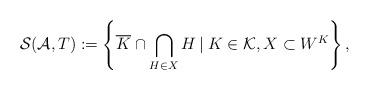
LaTeX: \begin{align*}\mathcal{S}(\mathcal{A}, T):= \left\lbrace \overline{K} \cap \bigcap_{H \in X} H \: | \: K \in \mathcal{K}, X \subset W^K \right\rbrace,\end{align*}